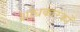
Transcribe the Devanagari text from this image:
शोधकारकों